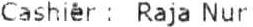
CASHIER : RAJA NUR